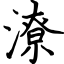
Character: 潦